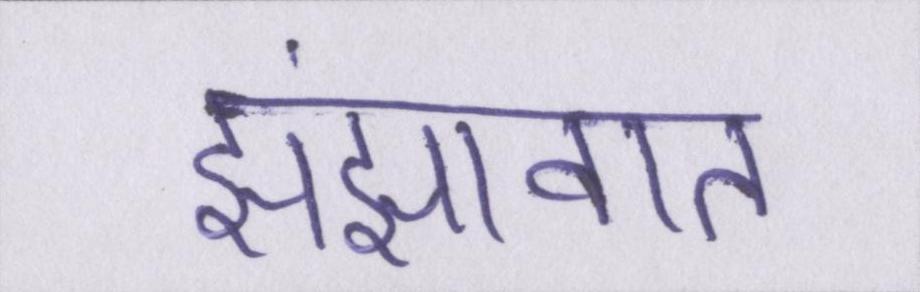
झंझावात